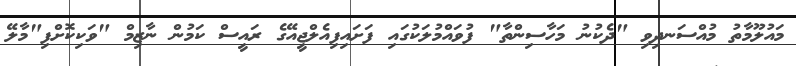
މައުލޫމާތު މުއްސަނދިވި "ދެކުނު މަހާސިންތާ" ފުވައްމުލަކުގައި ފަށައިފިއެލްޖީއޭގެ ރައީސް ކަމުން ނާޒިމް "ވަކިކޮށްފި"މާލޭ